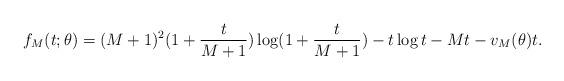
LaTeX: \begin{align*} f_M(t; \theta) = (M + 1)^{2}(1 + \frac{t}{M + 1})\log(1 + \frac{t}{M + 1}) - t\log{t} - Mt - v_{M}(\theta)t.\end{align*}